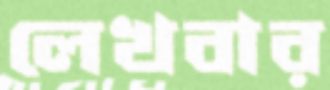
লেখবার